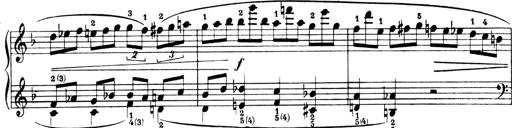
Title: 4 Sonatines
Composer: Max Reger